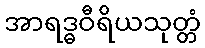
အာရဒ္ဓဝီရိယသုတ္တံ